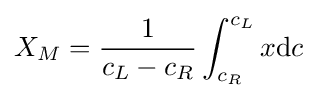
X_{M}={\frac {1}{c_{L}-c_{R}}}\int _{c_{R}}^{c_{L}}x\mathrm {d} c